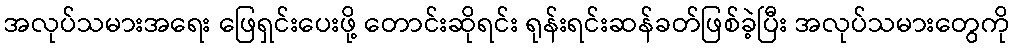
အလုပ်သမားအရေး ဖြေရှင်းပေးဖို့ တောင်းဆိုရင်း ရုန်းရင်းဆန်ခတ်ဖြစ်ခဲ့ပြီး အလုပ်သမားတွေကို